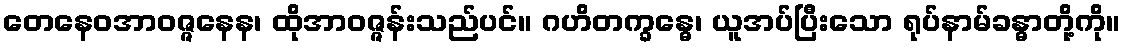
တေနေဝအာဝဇ္ဇနေန၊ ထိုအာဝဇ္ဇန်းသည်ပင်။ ဂဟိတက္ခန္ဓေ၊ ယူအပ်ပြီးသော ရုပ်နာမ်ခန္ဓာတို့ကို။